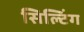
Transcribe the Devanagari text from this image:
सिल्टिंग